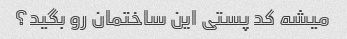
میشه کد پستی این ساختمان رو بگید؟